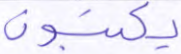
يكتبون